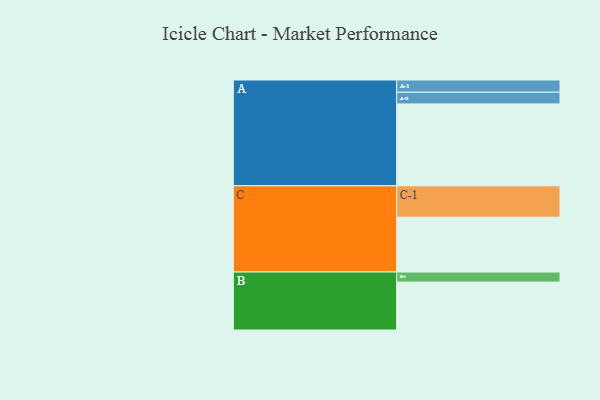
{"axis": {"x": "Segment", "y": "Value"}, "legend": ["", "A", "B", "C"], "data": [{"x": "A", "y": 524, "type": ""}, {"x": "B", "y": 307, "type": ""}, {"x": "C", "y": 351, "type": ""}, {"x": "A-1", "y": 78, "type": "A"}, {"x": "A-2", "y": 75, "type": "A"}, {"x": "B-1", "y": 64, "type": "B"}, {"x": "C-1", "y": 201, "type": "C"}]}